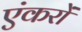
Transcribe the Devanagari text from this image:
एंकरों